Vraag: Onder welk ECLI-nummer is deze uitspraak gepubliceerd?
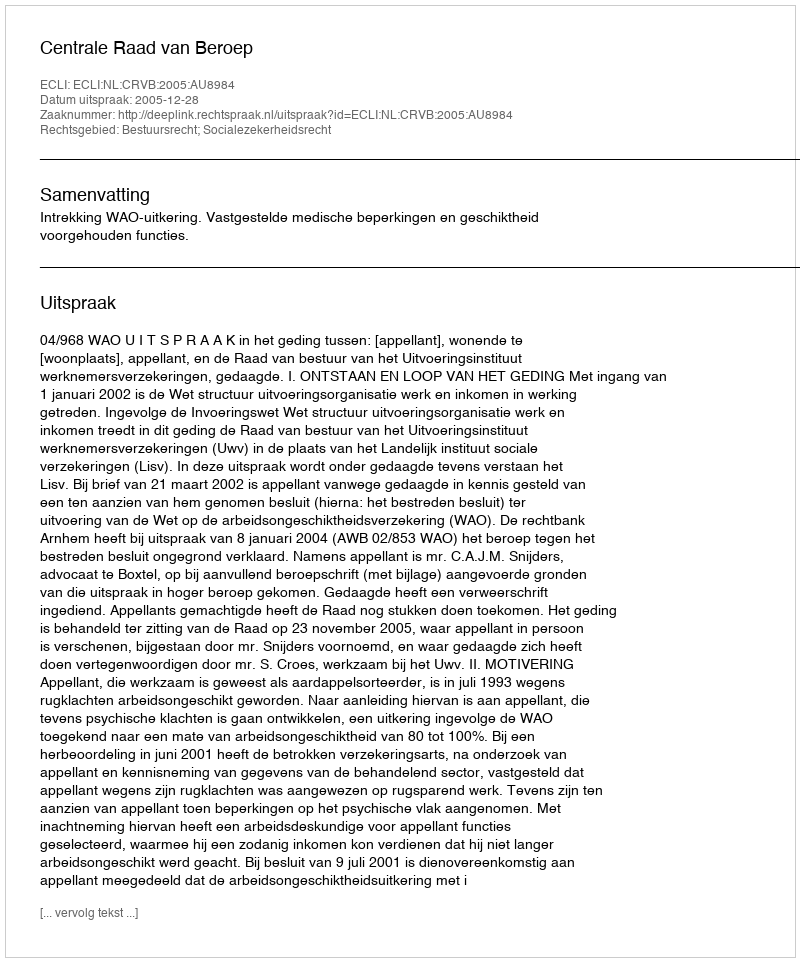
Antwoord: ECLI:NL:CRVB:2005:AU8984